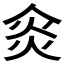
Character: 𠊌